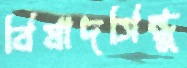
বিষাদসিন্ধু